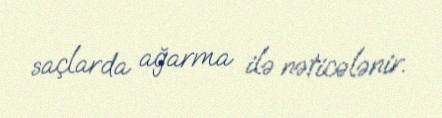
saçlarda ağarma ilə nəticələnir.